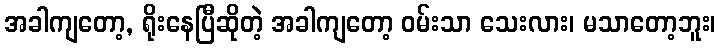
အခါကျတော့, ရိုးနေပြီဆိုတဲ့ အခါကျတော့ ဝမ်းသာ သေးလား၊ မသာတော့ဘူး၊